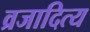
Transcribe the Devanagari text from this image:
व्रजादित्य